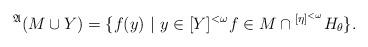
LaTeX: \begin{align*}^{\mathfrak{A}}(M \cup Y) = \{ f(y) \ | \ y \in [Y]^{<\omega} f \in M \cap {}^{[\eta]^{<\omega}} H_\theta \}.\end{align*}